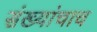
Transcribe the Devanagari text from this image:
संख्यांचाच